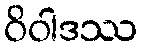
ဝိဝါဒဿ